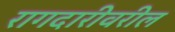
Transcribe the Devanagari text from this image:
रागदारीवरील